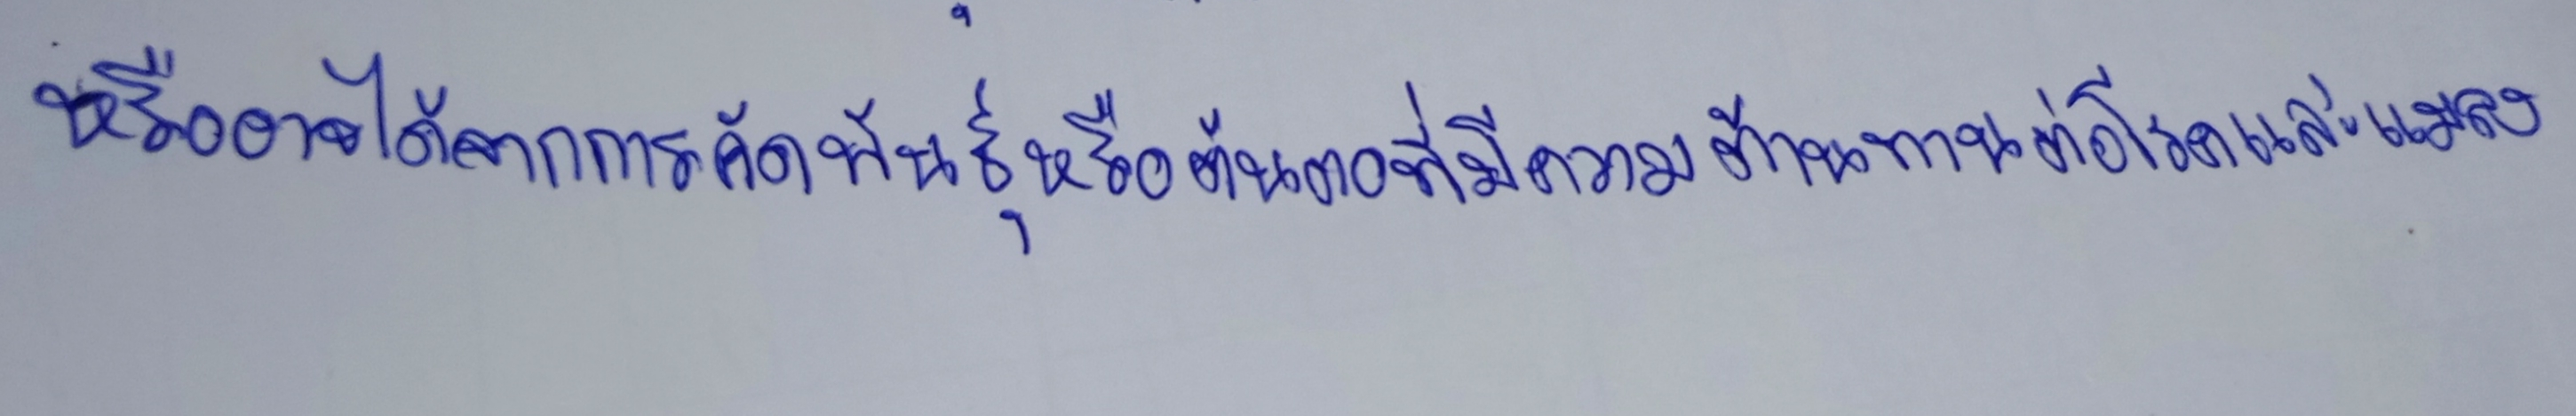
หรืออาจได้จากการคัดพันธุ์หรือต้นตอที่มีความต้านทานต่อโรคและแมลง